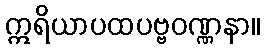
ဣရိယာပထပဗ္ဗဝဏ္ဏနာ။